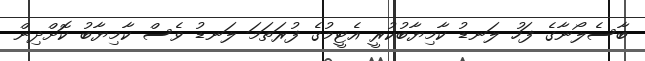
ބާސެލޯނާގެ ފަހު ލަނޑު ކާމިޔާބުކުރީ އެޓީމުގެ ފުރަތަމަ ލަނޑު ވެސް ކާމިޔާބު ކޮށްދިން